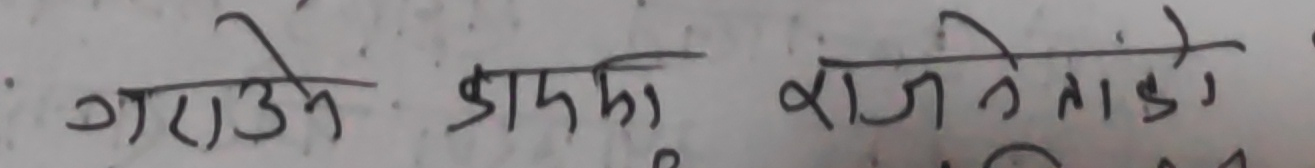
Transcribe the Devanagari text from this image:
गराउने डाँका राजनेताको